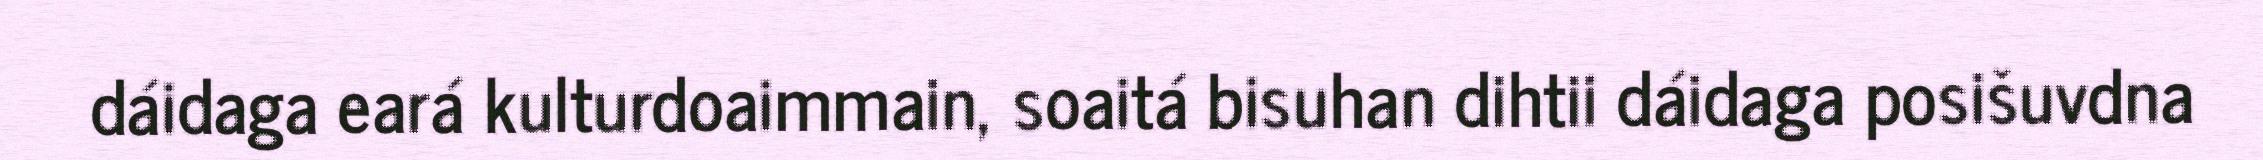
dáidaga eará kulturdoaimmain, soaitá bisuhan dihtii dáidaga posišuvdna